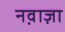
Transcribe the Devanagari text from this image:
नव़ाज़ा